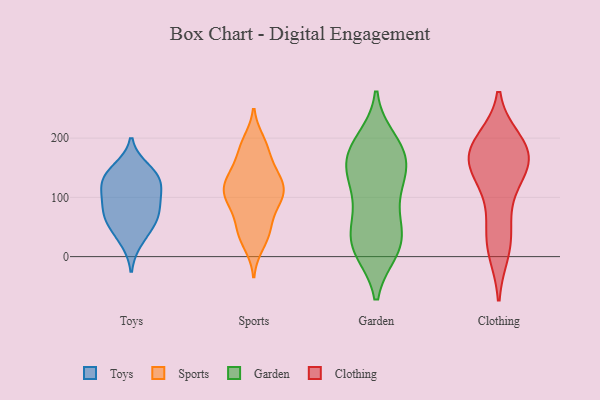
{"axis": {"x": "Waste Production (Tons)", "y": "Value"}, "legend": ["Clothing", "Garden", "Sports", "Toys"], "data": [{"x": "", "y": 127, "type": "Toys"}, {"x": "", "y": 53, "type": "Toys"}, {"x": "", "y": 107, "type": "Toys"}, {"x": "", "y": 26, "type": "Toys"}, {"x": "", "y": 83, "type": "Toys"}, {"x": "", "y": 98, "type": "Toys"}, {"x": "", "y": 131, "type": "Toys"}, {"x": "", "y": 69, "type": "Toys"}, {"x": "", "y": 148, "type": "Toys"}, {"x": "", "y": 137, "type": "Toys"}, {"x": "", "y": 61, "type": "Toys"}, {"x": "", "y": 131, "type": "Sports"}, {"x": "", "y": 96, "type": "Sports"}, {"x": "", "y": 148, "type": "Sports"}, {"x": "", "y": 177, "type": "Sports"}, {"x": "", "y": 83, "type": "Sports"}, {"x": "", "y": 51, "type": "Sports"}, {"x": "", "y": 107, "type": "Sports"}, {"x": "", "y": 186, "type": "Sports"}, {"x": "", "y": 194, "type": "Sports"}, {"x": "", "y": 44, "type": "Sports"}, {"x": "", "y": 95, "type": "Sports"}, {"x": "", "y": 131, "type": "Sports"}, {"x": "", "y": 20, "type": "Sports"}, {"x": "", "y": 39, "type": "Sports"}, {"x": "", "y": 106, "type": "Sports"}, {"x": "", "y": 113, "type": "Sports"}, {"x": "", "y": 133, "type": "Sports"}, {"x": "", "y": 11, "type": "Garden"}, {"x": "", "y": 31, "type": "Garden"}, {"x": "", "y": 133, "type": "Garden"}, {"x": "", "y": 56, "type": "Garden"}, {"x": "", "y": 175, "type": "Garden"}, {"x": "", "y": 137, "type": "Garden"}, {"x": "", "y": 16, "type": "Garden"}, {"x": "", "y": 170, "type": "Garden"}, {"x": "", "y": 29, "type": "Garden"}, {"x": "", "y": 177, "type": "Garden"}, {"x": "", "y": 110, "type": "Garden"}, {"x": "", "y": 195, "type": "Garden"}, {"x": "", "y": 72, "type": "Garden"}, {"x": "", "y": 11, "type": "Garden"}, {"x": "", "y": 178, "type": "Garden"}, {"x": "", "y": 135, "type": "Garden"}, {"x": "", "y": 175, "type": "Clothing"}, {"x": "", "y": 84, "type": "Clothing"}, {"x": "", "y": 41, "type": "Clothing"}, {"x": "", "y": 10, "type": "Clothing"}, {"x": "", "y": 169, "type": "Clothing"}, {"x": "", "y": 170, "type": "Clothing"}, {"x": "", "y": 194, "type": "Clothing"}, {"x": "", "y": 144, "type": "Clothing"}, {"x": "", "y": 182, "type": "Clothing"}, {"x": "", "y": 18, "type": "Clothing"}, {"x": "", "y": 145, "type": "Clothing"}, {"x": "", "y": 135, "type": "Clothing"}, {"x": "", "y": 187, "type": "Clothing"}]}